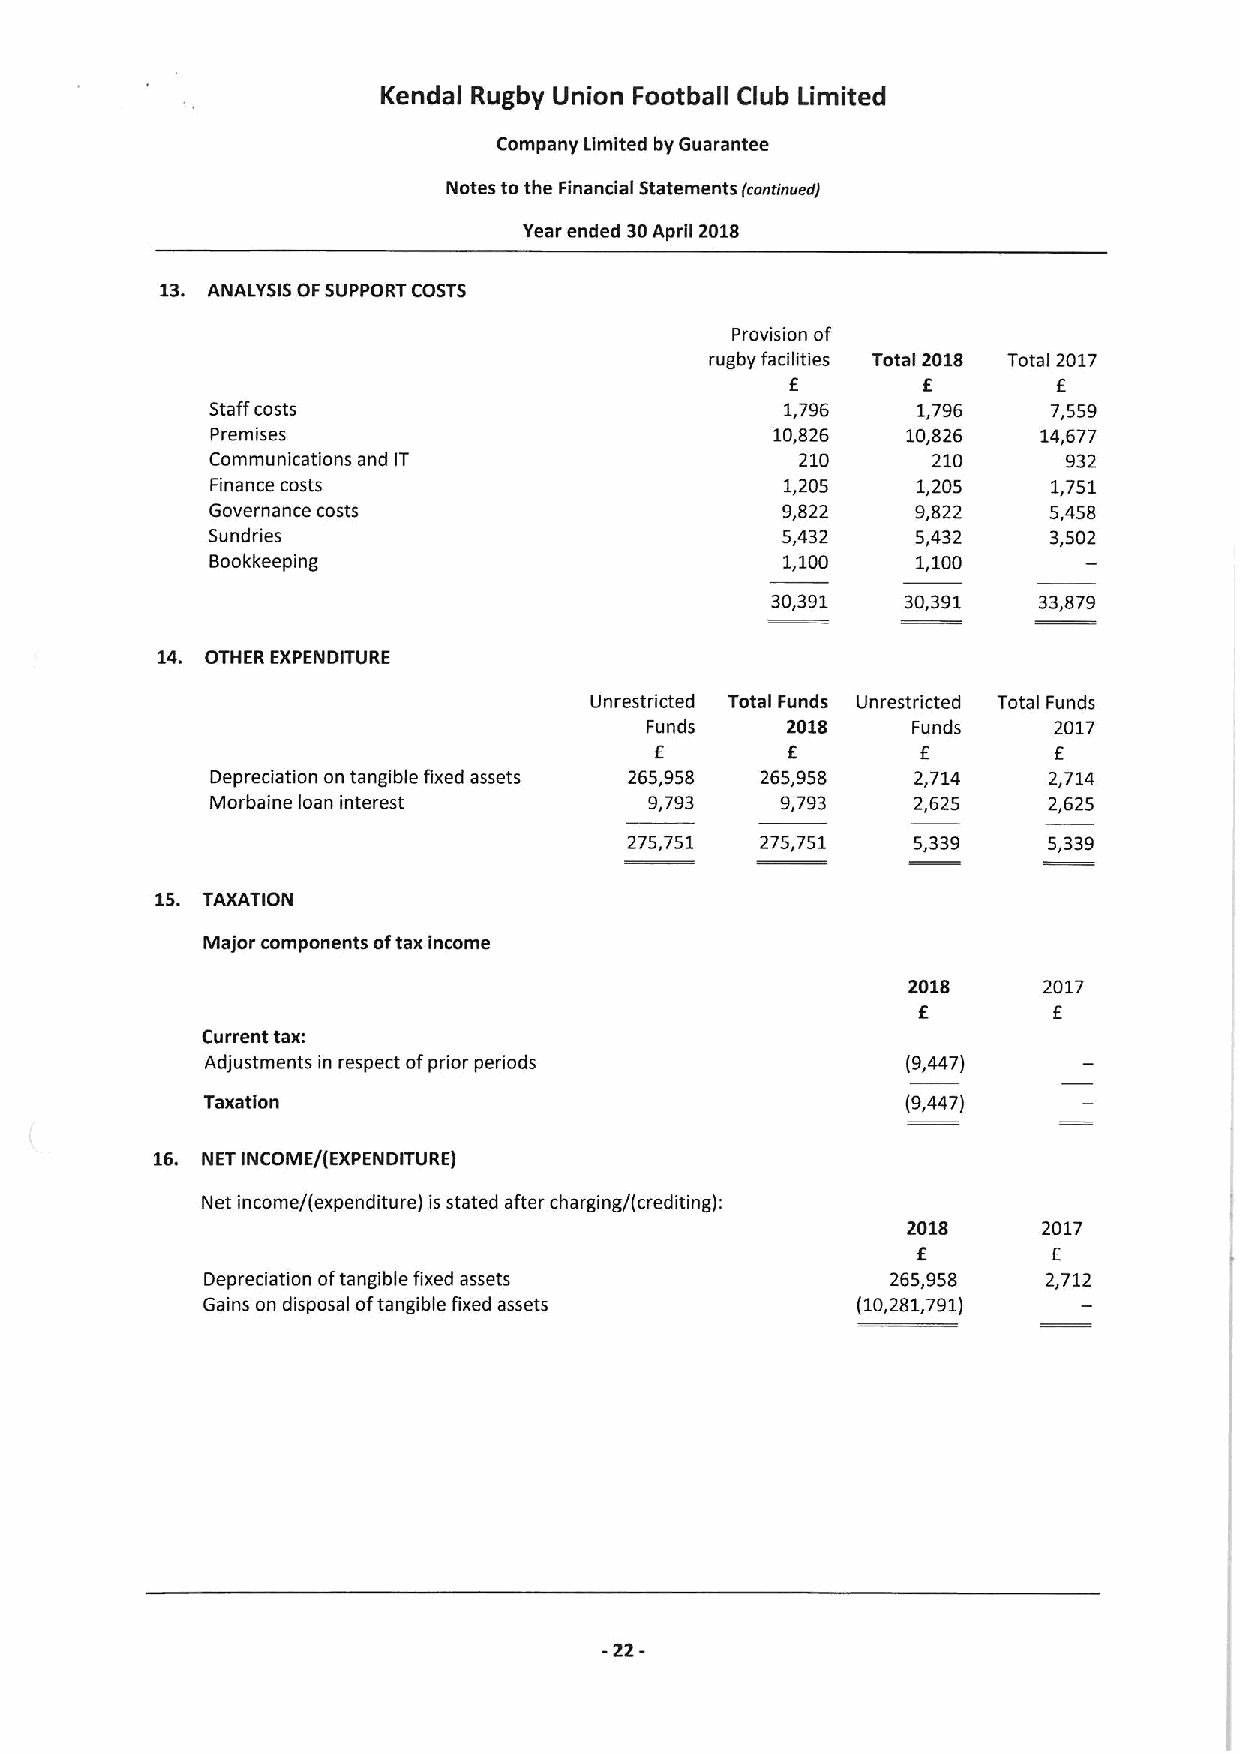
Kendal Rugby Union Football Club Limited
 Company Limited by Guarantee
 Notes to the Financial Statements fronrrrrverr)
 Year ended 30April 2018
 13. ANALYSIS OFSUPPORT COSTS
 Provision of
 rugby facilities Total 2018 Total 2017
 f
 E                 E
 Staff costs                           1,796    1,796    7,559
 Premises                             10,826   10,826   14,677
 Communications and iT                  210      210      932
 Finance costs                         1,205    1,205    1,751
 Governance costs                      9,822    9,822   5,458
 Sundries                              5,432    5,432   3,502
 Bookkeeping                           1,100    1,100
 30,391   30,391   33,879
 14. OTHER EXPENDITURE
 Unrestricted Total Funds Unrestricted Total Funds
 Funds    2018    Funds     2017
 E        E        E        E
 Depreciation on tangible fixed assets 265,958 265,958 2,714 2,714
 Morbaine loan interest       9793     9,793   2,625    2,625
 275,751 275,751   5,339    5,339
 15. TAXATION
 Major components oftax income
 2018     2017
 E        E
 Current tax:
 Adjustments in respect ofprior periods        (9,447)
 Taxation                                       (9,447)
 16. NET INCOME/(EXPENDITURE)
 Net income/(expenditure) is stated after charging/(crediting):
 2018     2017
 E        E
 Depreciation oftangible fixed assets         265,958   2,712
 Gains on disposal oftangible fixed assets   (10,281,791)
 -22-